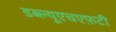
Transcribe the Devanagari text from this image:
डब्ल्यूएचएफ़टी